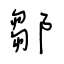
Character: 鄒